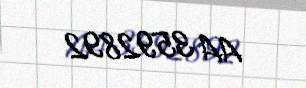
AA 3592892